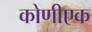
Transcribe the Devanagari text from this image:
कोणीएक